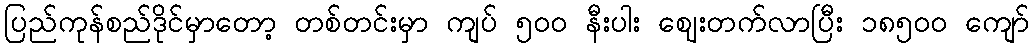
ပြည်ကုန်စည်ဒိုင်မှာတော့ တစ်တင်းမှာ ကျပ် ၅၀ဝ နီးပါး ဈေးတက်လာပြီး ၁၈၅၀ဝ ကျော်